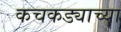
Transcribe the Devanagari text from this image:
कचकड्याच्या